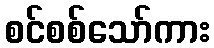
စင်စစ်သော်ကား